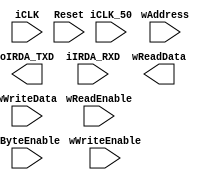
module IrDA_Interface(
    input         iCLK_50,
    input         iCLK,
    input         Reset,
    output        oIRDA_TXD,    //    IrDA Transmitter
    input         iIRDA_RXD,    //    IrDA Receiver
    //  Barramento de IO
    input         wReadEnable, wWriteEnable,
    input  [3:0]  wByteEnable,
    input  [31:0] wAddress, wWriteData,
    output [31:0] wReadData
);




endmodule